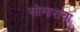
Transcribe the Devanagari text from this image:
सोनाराचा